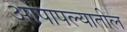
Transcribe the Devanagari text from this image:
आपापल्यातील